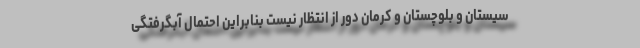
سیستان و بلوچستان و کرمان دور از انتظار نیست بنابراین احتمال آبگرفتگی